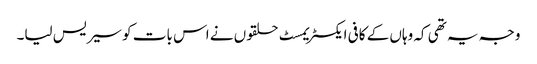
وجہ یہ تھی کہ وہاں کے کافی ایکسٹریمسٹ حلقوں نے اس بات کو سیریس لیا۔